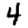
Digit: 4